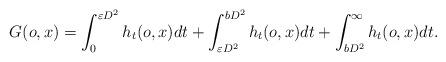
LaTeX: \begin{align*} G(o,x) & = \int_{0}^{\varepsilon D^2} h_t(o,x) dt + \int_{\varepsilon D^2}^{b D^2} h_t(o,x) dt + \int_{b D^2}^{\infty} h_t(o,x) dt.\end{align*}